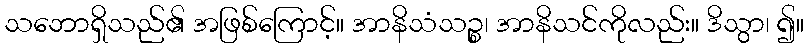
သဘောရှိသည်၏ အဖြစ်ကြောင့်။ အာနိသံသဉ္စ၊ အာနိသင်ကိုလည်း။ ဒိသွာ၊ ၍။